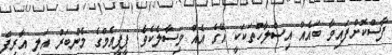
ފާސްކޮށްފައިވާ ބައެއް އިސްލާހުތަކަކީ އޭގެ އެއް މިސާލެކެވެ. ޕީޕީއެމްގެ މެންބަރު އަލީ އާރިފް